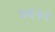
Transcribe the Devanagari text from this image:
४६५२